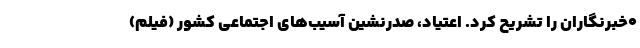
٠خبرنگاران را تشریح کرد. اعتیاد، صدرنشین آسیب‌های اجتماعی کشور (فیلم)